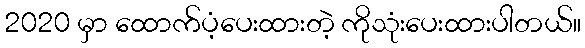
2020 မှာ ထောက်ပံ့ပေးထားတဲ့ ကိုသုံးပေးထားပါတယ်။